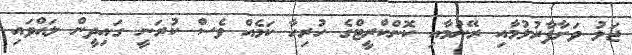
ޖަލު ވަށާފާރުލުމާއި ރޭނުމާއި ކޮންކްރީޓްގެ ހުރިހާ ކަމެއް ވެސް ކުރަނީ ގައިދީން ލައްވައި